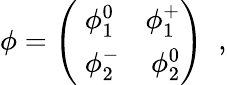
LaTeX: \phi=\left(\begin{array}{cc}{{\; \phi_{1}^{0}\; \; \; \; \phi_{1}^{+}}}\\ {{\; \phi_{2}^{-}\; \; \; \; \phi_{2}^{0}}}\end{array}\right)\; \; ,